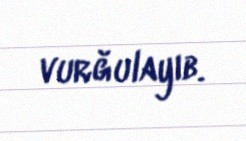
vurğulayıb.